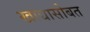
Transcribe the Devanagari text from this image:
खाद्यासोबत